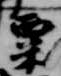
粟